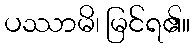
ပဿာမိ၊ မြင်ရ၏။